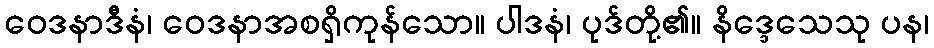
ဝေဒနာဒီနံ၊ ဝေဒနာအစရှိကုန်သော။ ပါဒနံ၊ ပုဒ်တို့၏။ နိဒ္ဒေသေသု ပန၊